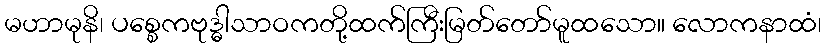
မဟာမုနိ၊ ပစ္စေကဗုဒ္ဓါသာဝကတို့ထက်ကြီးမြတ်တော်မူထသော။ လောကနာထံ၊